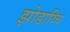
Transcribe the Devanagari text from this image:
झोडाय्चि